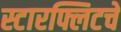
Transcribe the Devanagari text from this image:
स्टारफ्लिटचे